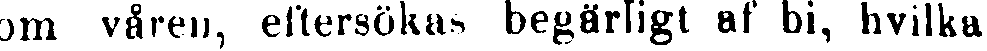
om våren, eftersökas begärligt af bi, hvilka